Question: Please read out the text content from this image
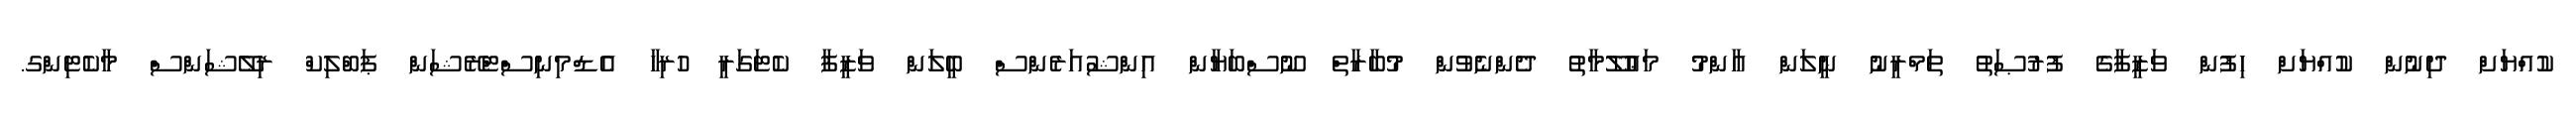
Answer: ކުއްޔަށް ދިނުން ކުއްޔަށް ހިފުން ވަޒީފާގެ ފުރުޞަތު ތަމްރީނު ނީލަން ޢާންމު މަޢުލޫމާތު ދެންނެވުން މުބާރާތް ނޫސްބަޔާން އިންޝުއަރެންސް ބީލަން ވަޒީފާ ކެޓަގަރީ ހުރިހާ އެޑްމިނިސްޓްރޭޝަން ޕަބްލިކް ރިލޭޝަންސް މާކެޓިންގ.